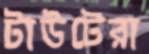
টাউটেরা